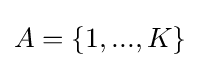
A=\{1,...,K\}